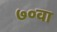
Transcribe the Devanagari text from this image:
७०वा